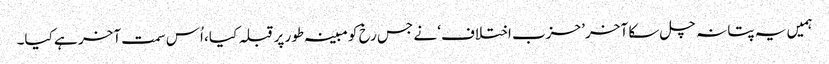
ہمیں یہ پتا نہ چل سکا آخر ’حزب اختلاف‘ نے جس رخ کو مبینہ طور پر قبلہ کیا، اُس سمت آخر ہے کیا۔